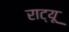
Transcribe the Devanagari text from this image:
राट्यू